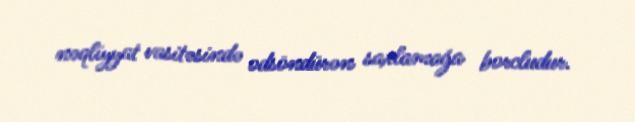
nəqliyyat vasitəsində odsöndürən saxlamağa borcludur.